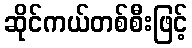
ဆိုင်ကယ်တစ်စီးဖြင့်